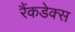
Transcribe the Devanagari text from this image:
रैंकडेक्स